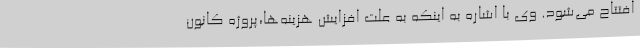
افتتاح می‌شود. وی با اشاره به اینکه به علت افزایش هزینه‌ها،پروژه کانون